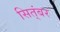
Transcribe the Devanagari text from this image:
सित्ंबर